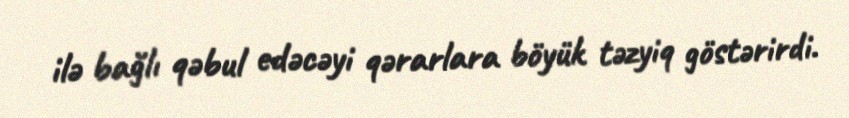
ilə bağlı qəbul edəcəyi qərarlara böyük təzyiq göstərirdi.